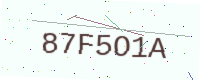
Text: 87F5O1A